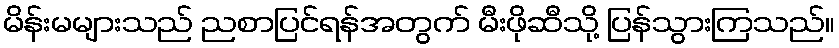
မိန်းမများသည် ညစာပြင်ရန်အတွက် မီးဖိုဆီသို့ ပြန်သွားကြသည်။